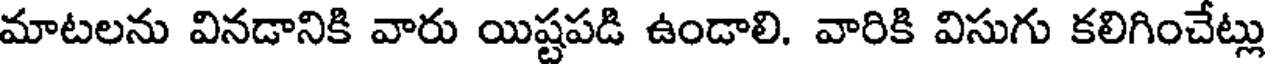
మాటలను వినడానికి వారు యిష్టపడి ఉండాలి. వారికి విసుగు కలిగించేట్లు